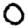
Digit: 0